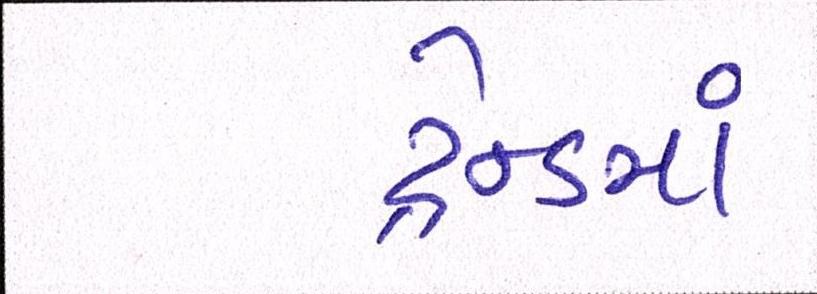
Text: ટ્રેન્ડમાં